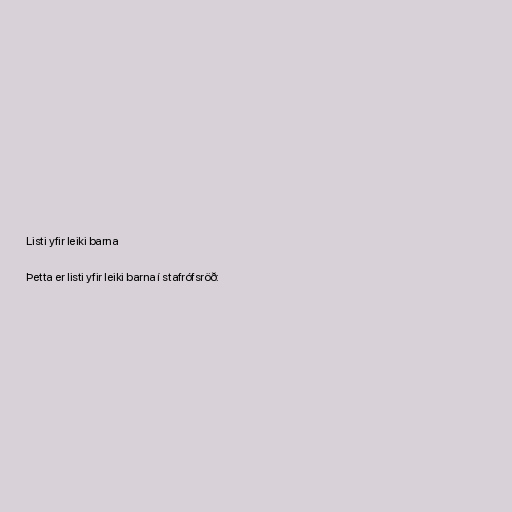
Listi yfir leiki barna

Þetta er listi yfir leiki barna í stafrófsröð: